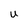
Character: U